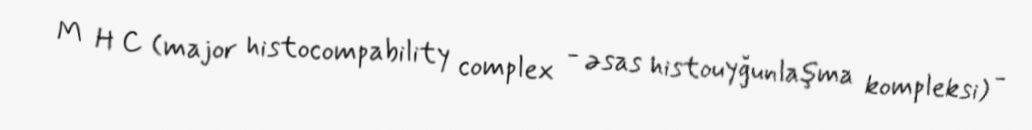
M H C (major histocompability complex - əsas histouyğunlaşma kompleksi) -